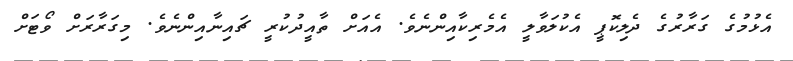
އެޅުމުގެ ގަރާރުގެ ދެލިކޮޕީ އެކުލަވާލީ އެމެރިކާއިންނެވެ. އެއަށް ތާއީދުކުރީ ޗައިނާއިންނެވެ. މިގަރާރަށް ވޯޓަށް